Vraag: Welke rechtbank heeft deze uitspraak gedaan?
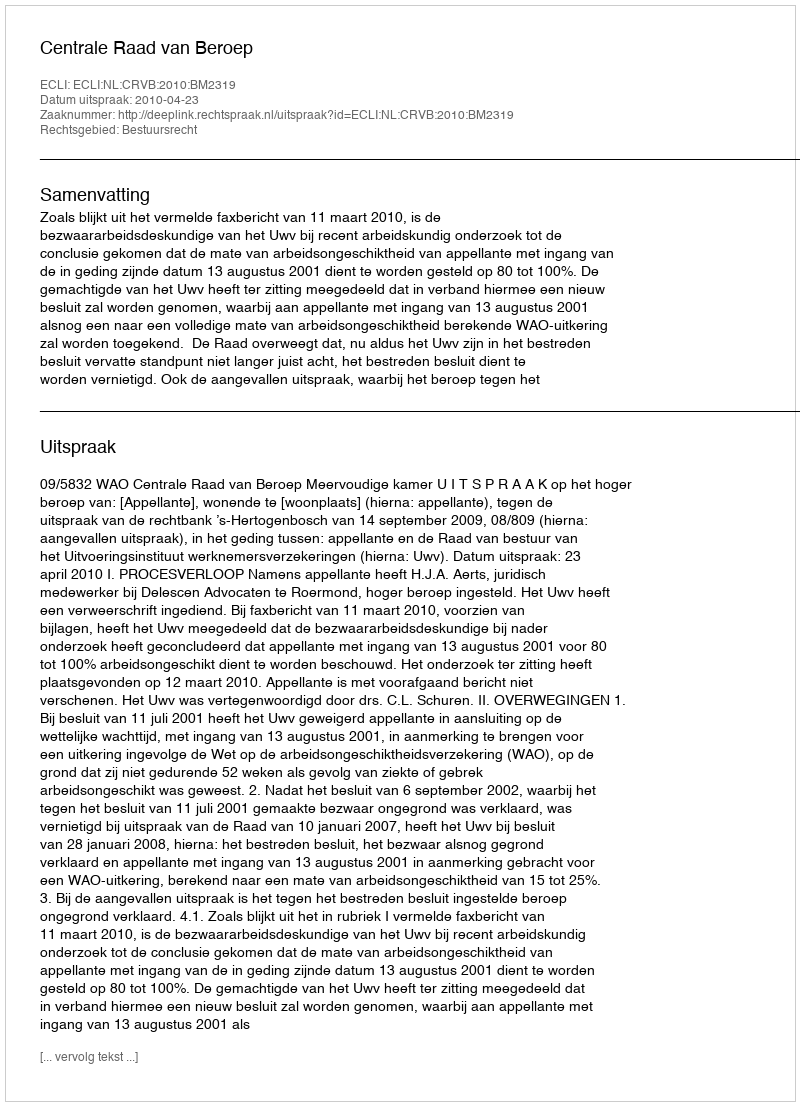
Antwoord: Centrale Raad van Beroep